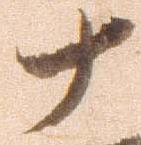
十